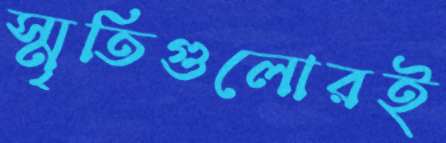
স্মৃতিগুলোরই